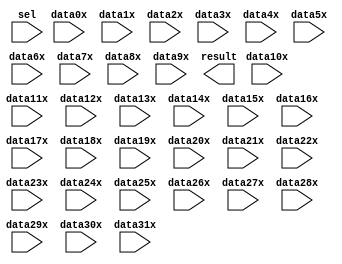
// megafunction wizard: %LPM_MUX%VBB%
// GENERATION: STANDARD
// VERSION: WM1.0
// MODULE: LPM_MUX 

// ============================================================
// Megafunction Name(s):
// 			LPM_MUX
//
// Simulation Library Files(s):
// 			lpm
// ============================================================
// ************************************************************
// THIS IS A WIZARD-GENERATED FILE. DO NOT EDIT THIS FILE!
//
// 16.0.0 Build 211 04/27/2016 SJ Lite Edition
// ************************************************************

//Copyright (C) 1991-2016 Altera Corporation. All rights reserved.
//Your use of Altera Corporation's design tools, logic functions 
//and other software and tools, and its AMPP partner logic 
//functions, and any output files from any of the foregoing 
//(including device programming or simulation files), and any 
//associated documentation or information are expressly subject 
//to the terms and conditions of the Altera Program License 
//Subscription Agreement, the Altera Quartus Prime License Agreement,
//the Altera MegaCore Function License Agreement, or other 
//applicable license agreement, including, without limitation, 
//that your use is for the sole purpose of programming logic 
//devices manufactured by Altera and sold by Altera or its 
//authorized distributors.  Please refer to the applicable 
//agreement for further details.

module mem_address_mux (
	data0x,
	data10x,
	data11x,
	data12x,
	data13x,
	data14x,
	data15x,
	data16x,
	data17x,
	data18x,
	data19x,
	data1x,
	data20x,
	data21x,
	data22x,
	data23x,
	data24x,
	data25x,
	data26x,
	data27x,
	data28x,
	data29x,
	data2x,
	data30x,
	data31x,
	data3x,
	data4x,
	data5x,
	data6x,
	data7x,
	data8x,
	data9x,
	sel,
	result);

	input	[15:0]  data0x;
	input	[15:0]  data10x;
	input	[15:0]  data11x;
	input	[15:0]  data12x;
	input	[15:0]  data13x;
	input	[15:0]  data14x;
	input	[15:0]  data15x;
	input	[15:0]  data16x;
	input	[15:0]  data17x;
	input	[15:0]  data18x;
	input	[15:0]  data19x;
	input	[15:0]  data1x;
	input	[15:0]  data20x;
	input	[15:0]  data21x;
	input	[15:0]  data22x;
	input	[15:0]  data23x;
	input	[15:0]  data24x;
	input	[15:0]  data25x;
	input	[15:0]  data26x;
	input	[15:0]  data27x;
	input	[15:0]  data28x;
	input	[15:0]  data29x;
	input	[15:0]  data2x;
	input	[15:0]  data30x;
	input	[15:0]  data31x;
	input	[15:0]  data3x;
	input	[15:0]  data4x;
	input	[15:0]  data5x;
	input	[15:0]  data6x;
	input	[15:0]  data7x;
	input	[15:0]  data8x;
	input	[15:0]  data9x;
	input	[4:0]  sel;
	output	[15:0]  result;

endmodule

// ============================================================
// CNX file retrieval info
// ============================================================
// Retrieval info: PRIVATE: INTENDED_DEVICE_FAMILY STRING "Cyclone V"
// Retrieval info: PRIVATE: SYNTH_WRAPPER_GEN_POSTFIX STRING "0"
// Retrieval info: PRIVATE: new_diagram STRING "1"
// Retrieval info: LIBRARY: lpm lpm.lpm_components.all
// Retrieval info: CONSTANT: LPM_SIZE NUMERIC "32"
// Retrieval info: CONSTANT: LPM_TYPE STRING "LPM_MUX"
// Retrieval info: CONSTANT: LPM_WIDTH NUMERIC "16"
// Retrieval info: CONSTANT: LPM_WIDTHS NUMERIC "5"
// Retrieval info: USED_PORT: data0x 0 0 16 0 INPUT NODEFVAL "data0x[15..0]"
// Retrieval info: USED_PORT: data10x 0 0 16 0 INPUT NODEFVAL "data10x[15..0]"
// Retrieval info: USED_PORT: data11x 0 0 16 0 INPUT NODEFVAL "data11x[15..0]"
// Retrieval info: USED_PORT: data12x 0 0 16 0 INPUT NODEFVAL "data12x[15..0]"
// Retrieval info: USED_PORT: data13x 0 0 16 0 INPUT NODEFVAL "data13x[15..0]"
// Retrieval info: USED_PORT: data14x 0 0 16 0 INPUT NODEFVAL "data14x[15..0]"
// Retrieval info: USED_PORT: data15x 0 0 16 0 INPUT NODEFVAL "data15x[15..0]"
// Retrieval info: USED_PORT: data16x 0 0 16 0 INPUT NODEFVAL "data16x[15..0]"
// Retrieval info: USED_PORT: data17x 0 0 16 0 INPUT NODEFVAL "data17x[15..0]"
// Retrieval info: USED_PORT: data18x 0 0 16 0 INPUT NODEFVAL "data18x[15..0]"
// Retrieval info: USED_PORT: data19x 0 0 16 0 INPUT NODEFVAL "data19x[15..0]"
// Retrieval info: USED_PORT: data1x 0 0 16 0 INPUT NODEFVAL "data1x[15..0]"
// Retrieval info: USED_PORT: data20x 0 0 16 0 INPUT NODEFVAL "data20x[15..0]"
// Retrieval info: USED_PORT: data21x 0 0 16 0 INPUT NODEFVAL "data21x[15..0]"
// Retrieval info: USED_PORT: data22x 0 0 16 0 INPUT NODEFVAL "data22x[15..0]"
// Retrieval info: USED_PORT: data23x 0 0 16 0 INPUT NODEFVAL "data23x[15..0]"
// Retrieval info: USED_PORT: data24x 0 0 16 0 INPUT NODEFVAL "data24x[15..0]"
// Retrieval info: USED_PORT: data25x 0 0 16 0 INPUT NODEFVAL "data25x[15..0]"
// Retrieval info: USED_PORT: data26x 0 0 16 0 INPUT NODEFVAL "data26x[15..0]"
// Retrieval info: USED_PORT: data27x 0 0 16 0 INPUT NODEFVAL "data27x[15..0]"
// Retrieval info: USED_PORT: data28x 0 0 16 0 INPUT NODEFVAL "data28x[15..0]"
// Retrieval info: USED_PORT: data29x 0 0 16 0 INPUT NODEFVAL "data29x[15..0]"
// Retrieval info: USED_PORT: data2x 0 0 16 0 INPUT NODEFVAL "data2x[15..0]"
// Retrieval info: USED_PORT: data30x 0 0 16 0 INPUT NODEFVAL "data30x[15..0]"
// Retrieval info: USED_PORT: data31x 0 0 16 0 INPUT NODEFVAL "data31x[15..0]"
// Retrieval info: USED_PORT: data3x 0 0 16 0 INPUT NODEFVAL "data3x[15..0]"
// Retrieval info: USED_PORT: data4x 0 0 16 0 INPUT NODEFVAL "data4x[15..0]"
// Retrieval info: USED_PORT: data5x 0 0 16 0 INPUT NODEFVAL "data5x[15..0]"
// Retrieval info: USED_PORT: data6x 0 0 16 0 INPUT NODEFVAL "data6x[15..0]"
// Retrieval info: USED_PORT: data7x 0 0 16 0 INPUT NODEFVAL "data7x[15..0]"
// Retrieval info: USED_PORT: data8x 0 0 16 0 INPUT NODEFVAL "data8x[15..0]"
// Retrieval info: USED_PORT: data9x 0 0 16 0 INPUT NODEFVAL "data9x[15..0]"
// Retrieval info: USED_PORT: result 0 0 16 0 OUTPUT NODEFVAL "result[15..0]"
// Retrieval info: USED_PORT: sel 0 0 5 0 INPUT NODEFVAL "sel[4..0]"
// Retrieval info: CONNECT: @data 0 0 16 0 data0x 0 0 16 0
// Retrieval info: CONNECT: @data 0 0 16 160 data10x 0 0 16 0
// Retrieval info: CONNECT: @data 0 0 16 176 data11x 0 0 16 0
// Retrieval info: CONNECT: @data 0 0 16 192 data12x 0 0 16 0
// Retrieval info: CONNECT: @data 0 0 16 208 data13x 0 0 16 0
// Retrieval info: CONNECT: @data 0 0 16 224 data14x 0 0 16 0
// Retrieval info: CONNECT: @data 0 0 16 240 data15x 0 0 16 0
// Retrieval info: CONNECT: @data 0 0 16 256 data16x 0 0 16 0
// Retrieval info: CONNECT: @data 0 0 16 272 data17x 0 0 16 0
// Retrieval info: CONNECT: @data 0 0 16 288 data18x 0 0 16 0
// Retrieval info: CONNECT: @data 0 0 16 304 data19x 0 0 16 0
// Retrieval info: CONNECT: @data 0 0 16 16 data1x 0 0 16 0
// Retrieval info: CONNECT: @data 0 0 16 320 data20x 0 0 16 0
// Retrieval info: CONNECT: @data 0 0 16 336 data21x 0 0 16 0
// Retrieval info: CONNECT: @data 0 0 16 352 data22x 0 0 16 0
// Retrieval info: CONNECT: @data 0 0 16 368 data23x 0 0 16 0
// Retrieval info: CONNECT: @data 0 0 16 384 data24x 0 0 16 0
// Retrieval info: CONNECT: @data 0 0 16 400 data25x 0 0 16 0
// Retrieval info: CONNECT: @data 0 0 16 416 data26x 0 0 16 0
// Retrieval info: CONNECT: @data 0 0 16 432 data27x 0 0 16 0
// Retrieval info: CONNECT: @data 0 0 16 448 data28x 0 0 16 0
// Retrieval info: CONNECT: @data 0 0 16 464 data29x 0 0 16 0
// Retrieval info: CONNECT: @data 0 0 16 32 data2x 0 0 16 0
// Retrieval info: CONNECT: @data 0 0 16 480 data30x 0 0 16 0
// Retrieval info: CONNECT: @data 0 0 16 496 data31x 0 0 16 0
// Retrieval info: CONNECT: @data 0 0 16 48 data3x 0 0 16 0
// Retrieval info: CONNECT: @data 0 0 16 64 data4x 0 0 16 0
// Retrieval info: CONNECT: @data 0 0 16 80 data5x 0 0 16 0
// Retrieval info: CONNECT: @data 0 0 16 96 data6x 0 0 16 0
// Retrieval info: CONNECT: @data 0 0 16 112 data7x 0 0 16 0
// Retrieval info: CONNECT: @data 0 0 16 128 data8x 0 0 16 0
// Retrieval info: CONNECT: @data 0 0 16 144 data9x 0 0 16 0
// Retrieval info: CONNECT: @sel 0 0 5 0 sel 0 0 5 0
// Retrieval info: CONNECT: result 0 0 16 0 @result 0 0 16 0
// Retrieval info: GEN_FILE: TYPE_NORMAL mem_address_mux.v TRUE
// Retrieval info: GEN_FILE: TYPE_NORMAL mem_address_mux.inc FALSE
// Retrieval info: GEN_FILE: TYPE_NORMAL mem_address_mux.cmp FALSE
// Retrieval info: GEN_FILE: TYPE_NORMAL mem_address_mux.bsf TRUE
// Retrieval info: GEN_FILE: TYPE_NORMAL mem_address_mux_inst.v FALSE
// Retrieval info: GEN_FILE: TYPE_NORMAL mem_address_mux_bb.v TRUE
// Retrieval info: LIB_FILE: lpm